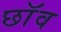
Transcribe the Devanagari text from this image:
छाॅव